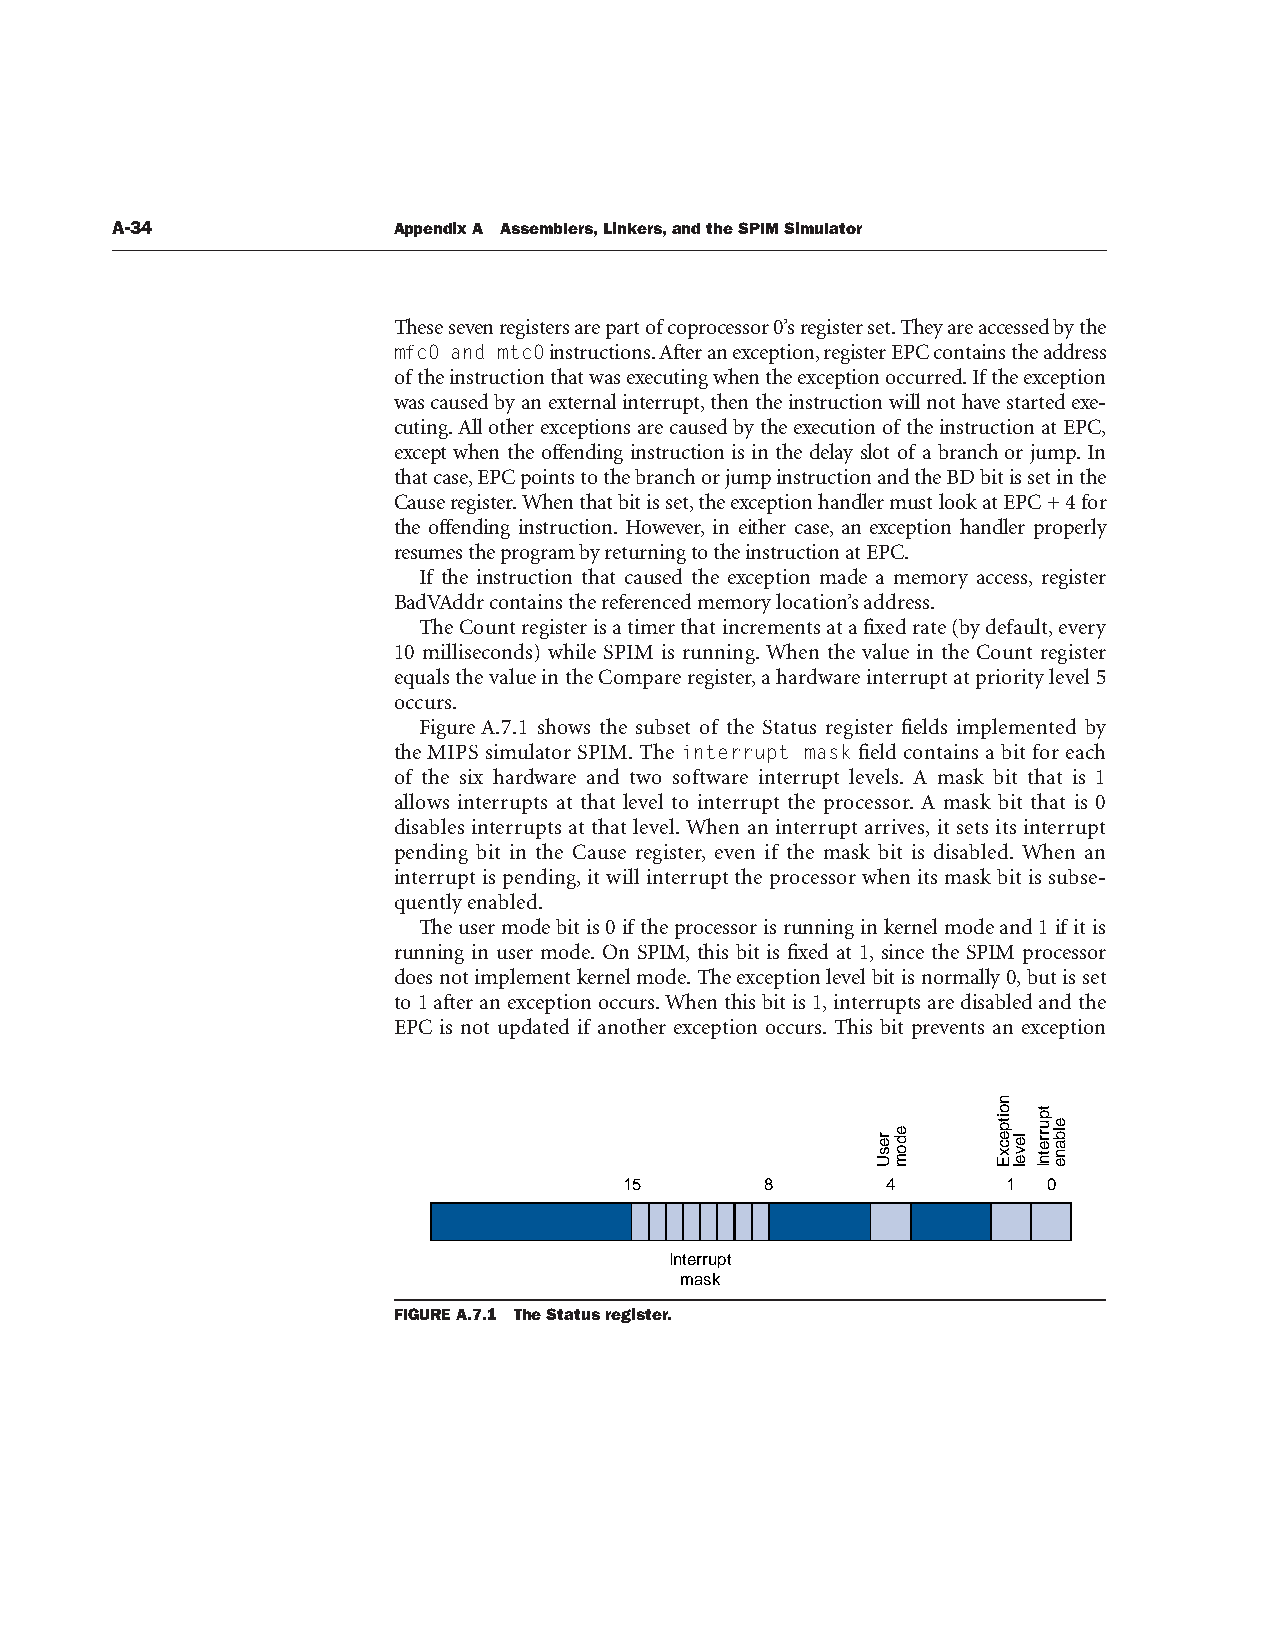
A-34               Appendix A Assemblers, Linkers, and the SPIM Simulator
 These seven registers are part of coprocessor 0’s register set. They are accessed by the
 mfc0 and mtc0 instructions. After an exception, register EPC contains the address
 of the instruction that was executing when the exception occurred. If the exception
 was caused by an external interrupt, then the instruction will not have started exe-
 cuting. All other exceptions are caused by the execution of the instruction at EPC,
 except when the offending instruction is in the delay slot of a branch or jump. In
 that case, EPC points to the branch or jump instruction and the BD bit is set in the
 Cause register. When that bit is set, the exception handler must look at EPC + 4 for
 the offending instruction. However, in either case, an exception handler properly
 resumes the program by returning to the instruction at EPC.
 If the instruction that caused the exception made a memory access, register
 BadVAddr contains the referenced memory location’s address.
 The Count register is a timer that increments at a fixed rate (by default, every
 10 milliseconds) while SPIM is running. When the value in the Count register
 equals the value in the Compare register, a hardware interrupt at priority level 5
 occurs.
 Figure A.7.1 shows the subset of the Status register fields implemented by
 the MIPS simulator SPIM. The interrupt mask field contains a bit for each
 of the six hardware and two software interrupt levels. A mask bit that is 1
 allows interrupts at that level to interrupt the processor. A mask bit that is 0
 disables interrupts at that level. When an interrupt arrives, it sets its interrupt
 pending bit in the Cause register, even if the mask bit is disabled. When an
 interrupt is pending, it will interrupt the processor when its mask bit is subse-
 quently enabled.
 The user mode bit is 0 if the processor is running in kernel mode and 1 if it is
 running in user mode. On SPIM, this bit is fixed at 1, since the SPIM processor
 does not implement kernel mode. The exception level bit is normally 0, but is set
 to 1 after an exception occurs. When this bit is 1, interrupts are disabled and the
 EPC is not updated if another exception occurs. This bit prevents an exception
 15        8       4       1 0
 Interrupt
 mask
 FIGURE A.7.1 The Status register.
 resU
 edom
 noitpecxE
 level
 tpurretnI
 elbane